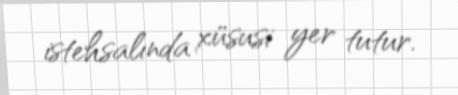
istehsalında xüsusi yer tutur.